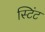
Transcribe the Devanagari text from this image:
स्टिंट